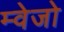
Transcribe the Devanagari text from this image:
म्वेजो